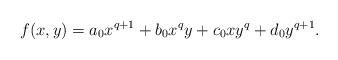
LaTeX: \begin{align*}f(x,y) = a_0 x^{q+1} + b_0 x^qy + c_0 xy^q + d_0 y^{q+1}.\end{align*}